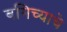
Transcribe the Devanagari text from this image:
बगिच्याचे